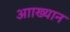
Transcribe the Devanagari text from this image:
आाख्यान